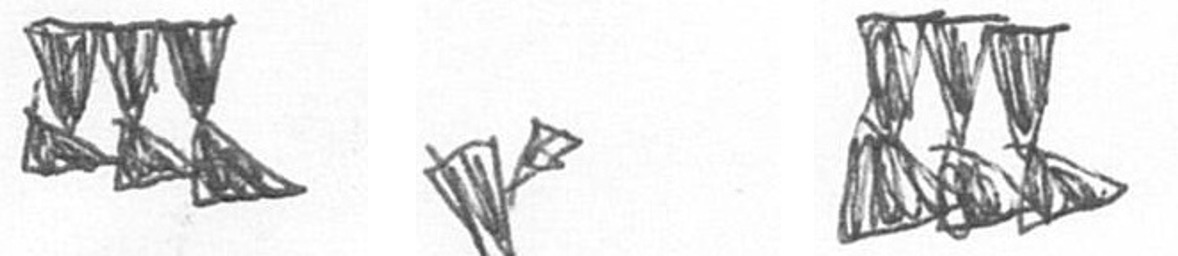
D F D